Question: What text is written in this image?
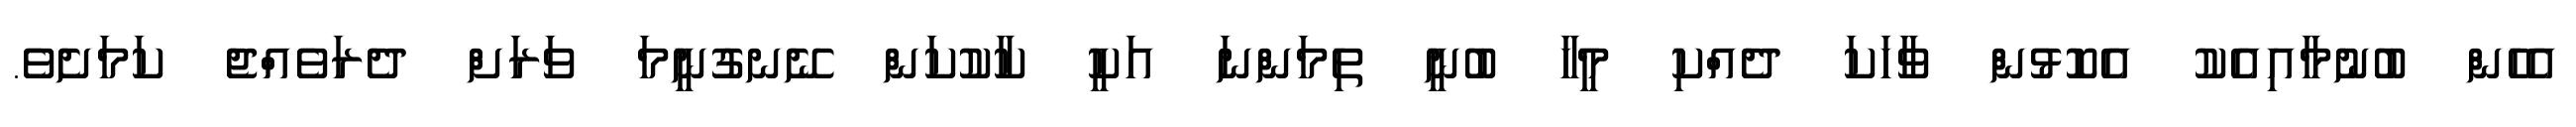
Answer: އެހެން ބުނުމާއިއެކު އެކޮޅުން ވާހަކަ ދެއްކި މީހާ ބުނީ ތިމަންނަ އަކީ ކާކުކަން ނޭނގުނީމަ ވަރަށް ދެރަވެއްޖެ ކަމަށެވެ.